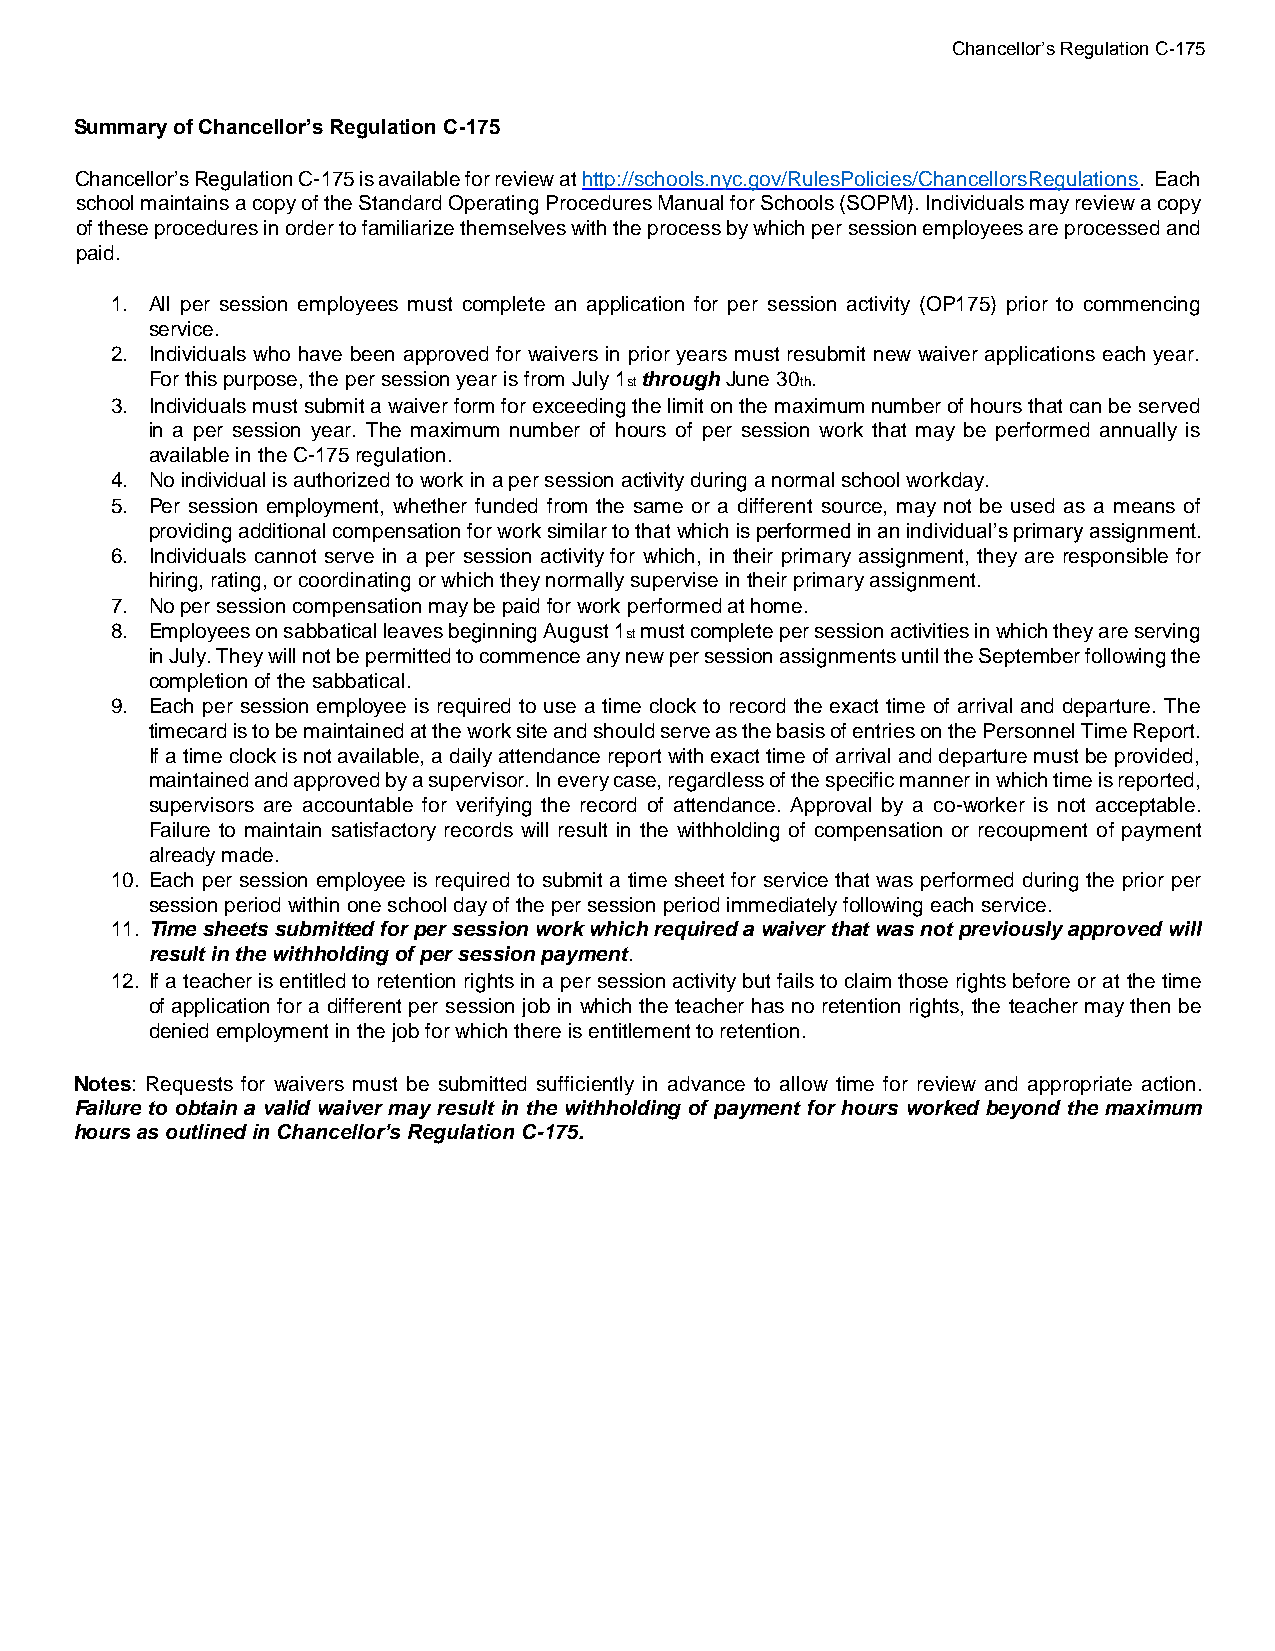
Chancellor’s Regulation C-175
 Summary of Chancellor’s Regulation C-175
 Chancellor’s Regulation C-175 is available for review at http://schools.nyc.gov/RulesPolicies/ChancellorsRegulations. Each
 school maintains a copy of the Standard Operating Procedures Manual for Schools (SOPM). Individuals may review a copy
 of these procedures in order to familiarize themselves with the process by which per session employees are processed and
 paid.
 1. All per session employees must complete an application for per session activity (OP175) prior to commencing
 service.
 2. Individuals who have been approved for waivers in prior years must resubmit new waiver applications each year.
 For this purpose, the per session year is from July 1st through June 30th.
 3. Individuals must submit a waiver form for exceeding the limit on the maximum number of hours that can be served
 in a per session year. The maximum number of hours of per session work that may be performed annually is
 available in the C-175 regulation.
 4. No individual is authorized to work in a per session activity during a normal school workday.
 5. Per session employment, whether funded from the same or a different source, may not be used as a means of
 providing additional compensation for work similar to that which is performed in an individual’s primary assignment.
 6. Individuals cannot serve in a per session activity for which, in their primary assignment, they are responsible for
 hiring, rating, or coordinating or which they normally supervise in their primary assignment.
 7. No per session compensation may be paid for work performed at home.
 8. Employees on sabbatical leaves beginning August 1st must complete per session activities in which they are serving
 in July. They will not be permitted to commence any new per session assignments until the September following the
 completion of the sabbatical.
 9. Each per session employee is required to use a time clock to record the exact time of arrival and departure. The
 timecard is to be maintained at the work site and should serve as the basis of entries on the Personnel Time Report.
 If a time clock is not available, a daily attendance report with exact time of arrival and departure must be provided,
 maintained and approved by a supervisor. In every case, regardless of the specific manner in which time is reported,
 supervisors are accountable for verifying the record of attendance. Approval by a co-worker is not acceptable.
 Failure to maintain satisfactory records will result in the withholding of compensation or recoupment of payment
 already made.
 10. Each per session employee is required to submit a time sheet for service that was performed during the prior per
 session period within one school day of the per session period immediately following each service.
 11. Time sheets submitted for per session work which required a waiver that was not previously approved will
 result in the withholding of per session payment.
 12. If a teacher is entitled to retention rights in a per session activity but fails to claim those rights before or at the time
 of application for a different per session job in which the teacher has no retention rights, the teacher may then be
 denied employment in the job for which there is entitlement to retention.
 Notes: Requests for waivers must be submitted sufficiently in advance to allow time for review and appropriate action.
 Failure to obtain a valid waiver may result in the withholding of payment for hours worked beyond the maximum
 hours as outlined in Chancellor’s Regulation C-175.